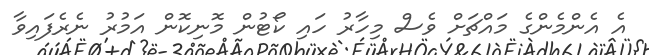
އެ އެންމެންގެ މައްޗަށް ވެސް މިހާރު ހައި ކޯޓުން މޮނިކޮން އަމުރު ނެރެފައިވާ